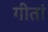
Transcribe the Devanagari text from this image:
गीतां